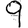
Digit: 9